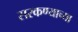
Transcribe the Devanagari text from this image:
सरकण्याच्या